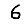
Digit: 6